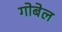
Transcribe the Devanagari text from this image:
गोबेल